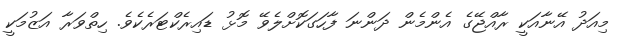
މިއަދު އޭނާއަކީ ރާއްޖޭގެ އެންމެން ދަންނަ ފާހަގަކޮށްލެވޭ މޮޅު ޑައިރެކްޓަރެކެވެ. ހިތްވަރާ އަޒުމަކީ